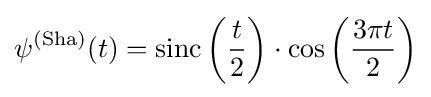
\psi ^{(\operatorname {Sha} )}(t)=\operatorname {sinc} \left({\frac {t}{2}}\right)\cdot \cos \left({\frac {3\pi t}{2}}\right)